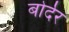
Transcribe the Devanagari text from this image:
बोर्देर